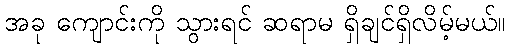
အခု ကျောင်းကို သွားရင် ဆရာမ ရှိချင်ရှိလိမ့်မယ်။